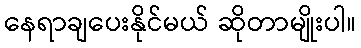
နေရာချပေးနိုင်မယ် ဆိုတာမျိုးပါ။